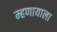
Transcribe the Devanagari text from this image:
म्हणायाला